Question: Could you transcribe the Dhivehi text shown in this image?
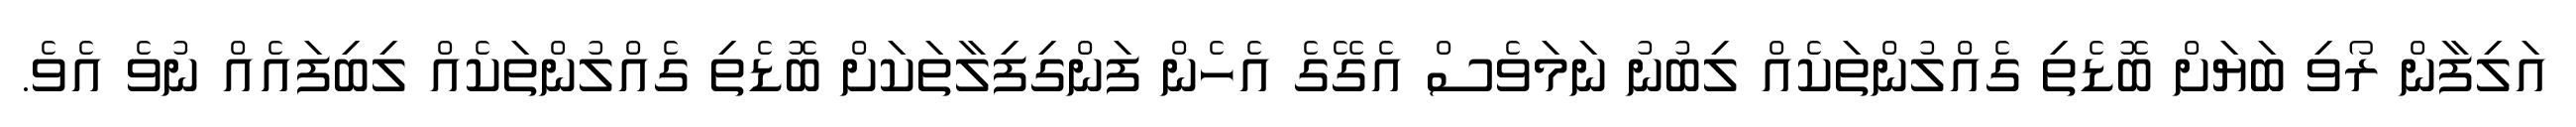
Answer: އަލިފާން ރޯވި ބަޔަށް ބޮޑެތި ގެއްލުންތަކެއް ލިބުނު ނަމަވެސް އެގޭގެ އެހެން ފަންގިފިލާތަކަށް ބޮޑެތި ގެއްލުންތަކެއް ލިބިފައެއް ނުވެ އެވެ.